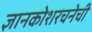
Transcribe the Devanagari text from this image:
ज्ञानकोशरचनेची